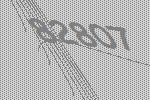
82807